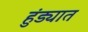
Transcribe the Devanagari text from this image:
हुंड्यात